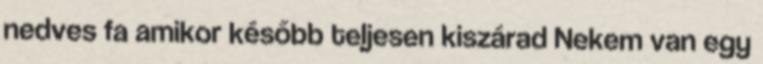
nedves fa amikor később teljesen kiszárad Nekem van egy